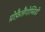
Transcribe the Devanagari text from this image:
प्रोफ़ैलैंगोप्सिडी